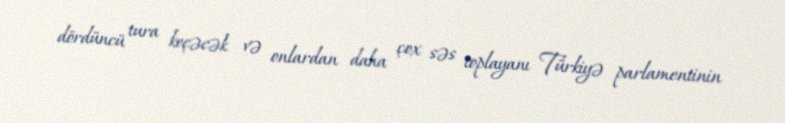
dördüncü tura keçəcək və onlardan daha çox səs toplayanı Türkiyə parlamentinin